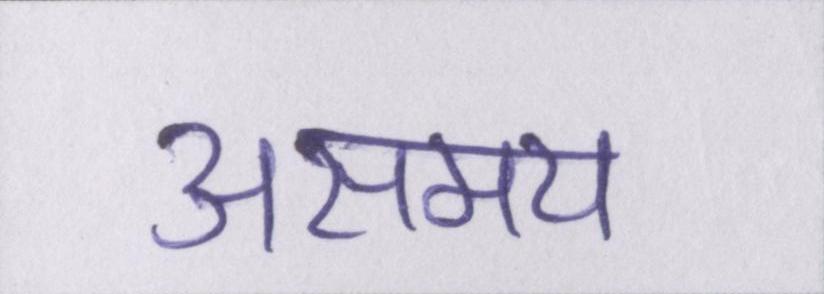
असमय